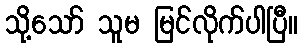
သို့သော် သူမ မြင်လိုက်ပါပြီ။